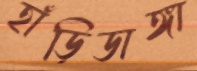
হাঁড়িডাঙ্গা